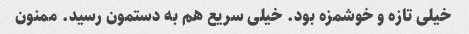
خیلی تازه و خوشمزه بود. خیلی سریع هم به دستمون رسید. ممنون